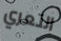
التعري